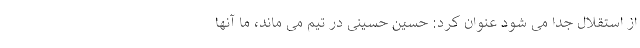
از استقلال جدا می شود عنوان کرد: حسین حسینی در تیم می ماند، ما آنها